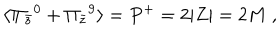
LaTeX: \langle \Pi _ { \bar { z } } { } ^ { 0 } + \Pi _ { \bar { z } } { } ^ { 9 } \rangle = P ^ { + } = 2 | Z | = 2 M \ ,